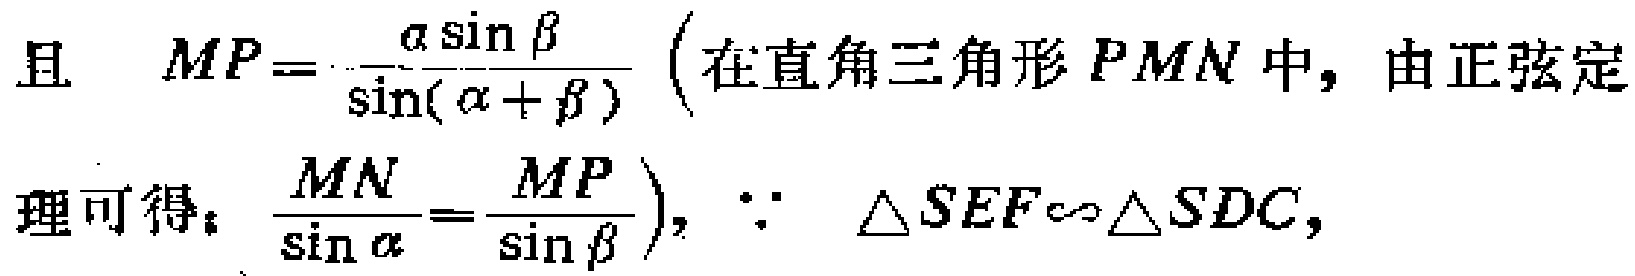
且 \(MP = \frac{a\sin\beta}{\sin(\alpha + \beta)}\left(\text{在直角三角形} PMN \text{中，由正弦定}\right.\)
\(\text{理可得：}\left.\frac{MN}{\sin\alpha}=\frac{MP}{\sin\beta}\right),\because \triangle SEF\sim\triangle SDC,\)